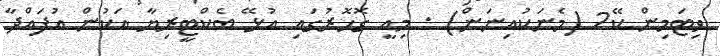
ވިޓަމިން ކޭ2 (މެނަކުއިނަން) : މިއީ ގޮހޮރުގައި އުޅޭ ބެކްޓީރިޔާ އަކުން އުފައްދާ